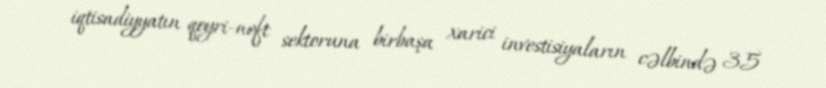
iqtisadiyyatın qeyri-neft sektoruna birbaşa xarici investisiyaların cəlbində 35